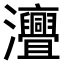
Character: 𤅣